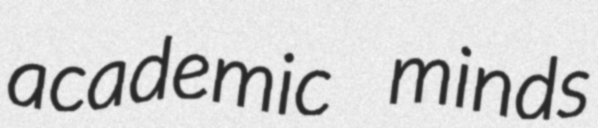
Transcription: academic minds